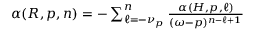
\begin{array} { r } { \alpha ( R , p , n ) = - \sum _ { \ell = - \nu _ { p } } ^ { n } \frac { \alpha ( H , p , \ell ) } { ( \omega - p ) ^ { n - \ell + 1 } } } \end{array}